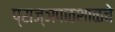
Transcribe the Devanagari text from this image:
प्राज्ञपाठशाळचे